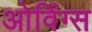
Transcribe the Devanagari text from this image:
ओविंग्स